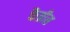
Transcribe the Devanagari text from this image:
फैब्रीस